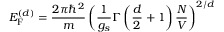
E _ { \mathrm { F } } ^ { ( d ) } = { \frac { 2 \pi \hbar ^ { 2 } } { m } } \left( { \frac { 1 } { g _ { s } } } \Gamma \left( { \frac { d } { 2 } } + 1 \right) { \frac { N } { V } } \right) ^ { 2 / d }